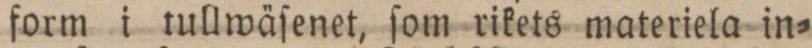
form i tullwäſenet, ſom rikets materiela in=